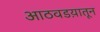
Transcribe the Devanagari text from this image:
आठवडय़ातून